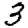
Digit: 3